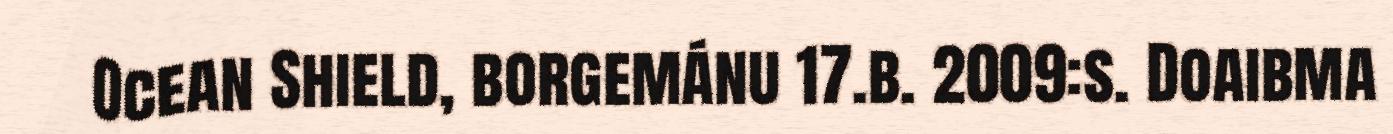
Ocean Shield, borgemánu 17.b. 2009:s. Doaibma